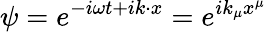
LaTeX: \psi=e^{-i\omega t+ik\cdot x}=e^{ik_{\mu}x^{\mu}}